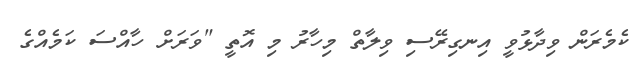
ކެމެރަން ވިދާޅުވީ އިނގިރޭސި ވިލާތް މިހާރު މި އޮތީ "ވަރަށް ހާއްސަ ކަމެއްގެ